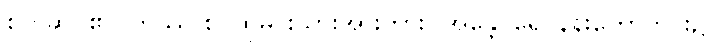
စက်ဆုပ်၏။ တဿ စ၊ ထိုမင်းသားအားကား။ အန္တေပုရေ၊ နန်းတော်တွင်း၌။